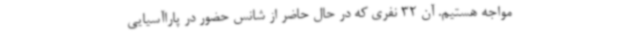
مواجه هستیم. آن 32 نفری که در حال حاضر از شانس حضور در پاراآسیایی